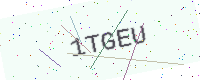
Text: 1TGEU